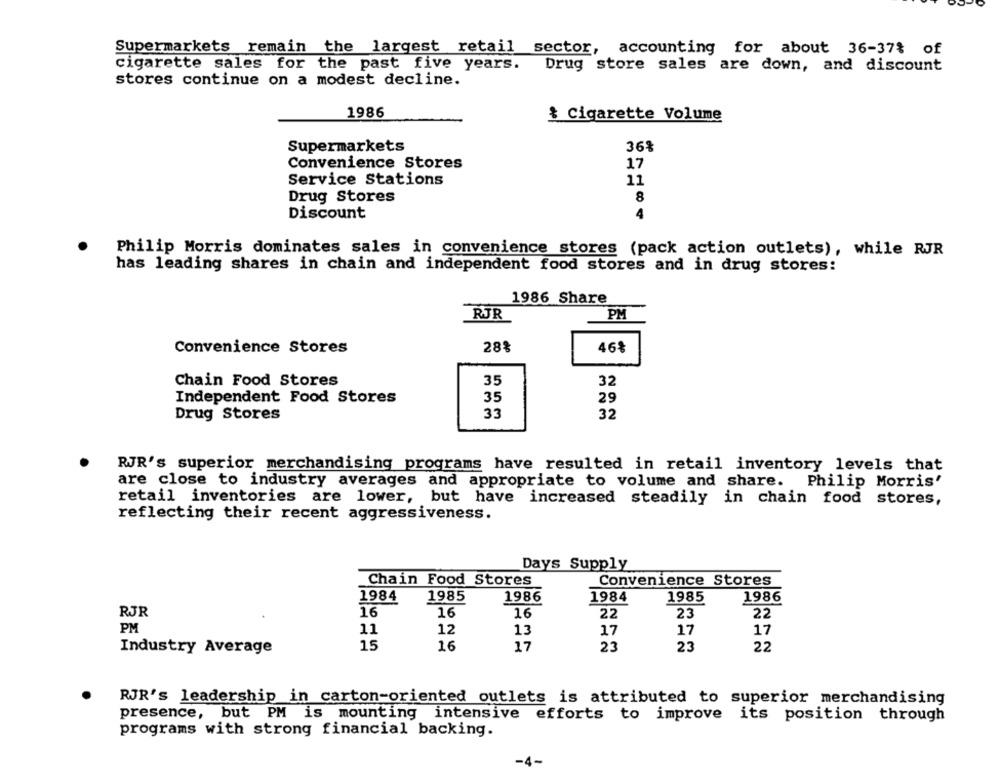
Supermarkets remain the largest retail sector, accounting for about 36-37% of
cigarette sales for the past five years.
Drug store sales are down, and discount
stores continue on a modest decline.
1986
& Cigarette Volume
Supermarkets
36%
Convenience Stores
17
Service Stations
11
8
Drug Stores
Discount
Philip Morris dominates sales in convenience stores (pack action outlets), while RJR
has leading shares in chain and independent food stores and in drug stores:
1986 Share
RJR
PM
Convenience Stores
28%
46%
Chain Food Stores
35
32
Independent Food Stores
35
29
Drug Stores
33
32
RJR's superior merchandising programs have resulted in retail inventory levels that
are close to industry averages and appropriate to volume and share. Philip Morris'
retail inventories are lower, but have increased steadily in chain food stores,
reflecting their recent aggressiveness.
Days Supply
Chain Food Stores
Convenience Stores
1984
1984
1985
1985
1986
1986
RJR
16
16
16
22
23
22
PM
11
12
13
17
17
17
Industry Average
15
16
17
23
23
22
RJR's leadership in carton-oriented outlets is attributed to superior merchandising
presence, but PM is mounting intensive efforts to improve its position through
programs with strong financial backing.
-4-